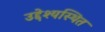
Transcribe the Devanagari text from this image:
उद्देश्यस्थित